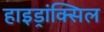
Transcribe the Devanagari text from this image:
हाइड्रांक्सिल